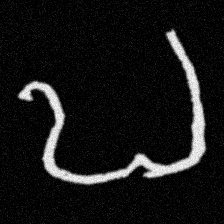
Pyu character \u2014 Myanmar letter: ဎ (romanized: ddha)